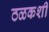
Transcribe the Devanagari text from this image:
ठळकशी